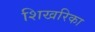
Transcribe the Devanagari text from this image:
शिखरिका